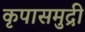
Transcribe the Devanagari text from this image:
कृपासमुद्री